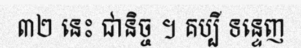
៣២ នេះ ជានិច្ច ។ គប្បី ទន្ទេញ